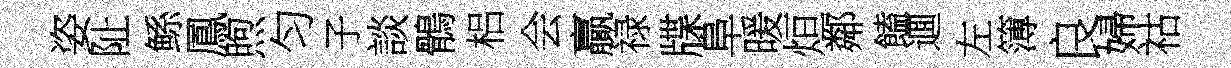
姿阯鲧鳳煦匀子談鶻梠会贏禄牒阜暖烜鄰饁逥左簿良婦祜